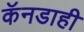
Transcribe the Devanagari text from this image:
कॅनडाही